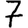
Digit: 7